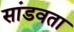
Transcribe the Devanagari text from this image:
सांडवता